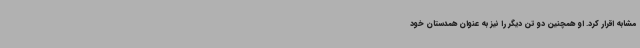
مشابه اقرار کرد. او همچنین دو تن دیگر را نیز به عنوان همدستان خود